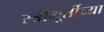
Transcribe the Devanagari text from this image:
स्त्रीमूर्तीच्या